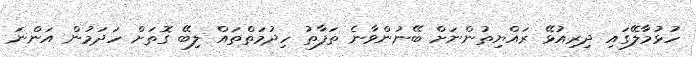
ހުޅުމާލޭގައި ދިރިއުޅޭ ރައްޔިތުންނަށް ބޭނުންވާނެ ތަފާތު ހިދުމަތްތައް ލިބޭ ގޮތަށް ހަދަމުން އަންނަ